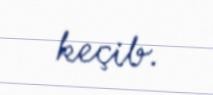
keçib.